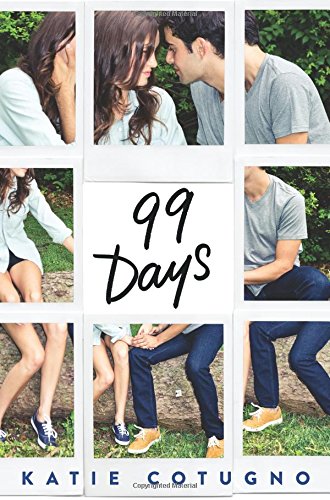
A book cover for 99 Days; Katie Cotugno; Teen & Young Adult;